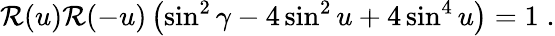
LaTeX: {\cal R}(u){\cal R}(-u)\left(\sin^{2}\gamma-4\sin^{2}u+4\sin^{4}u\right)=1\; .